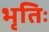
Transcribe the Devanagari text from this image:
भृतिः